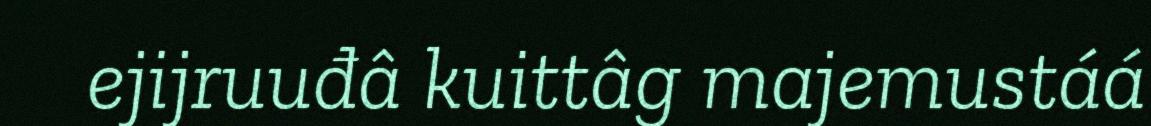
ejijruuđâ kuittâg majemustáá